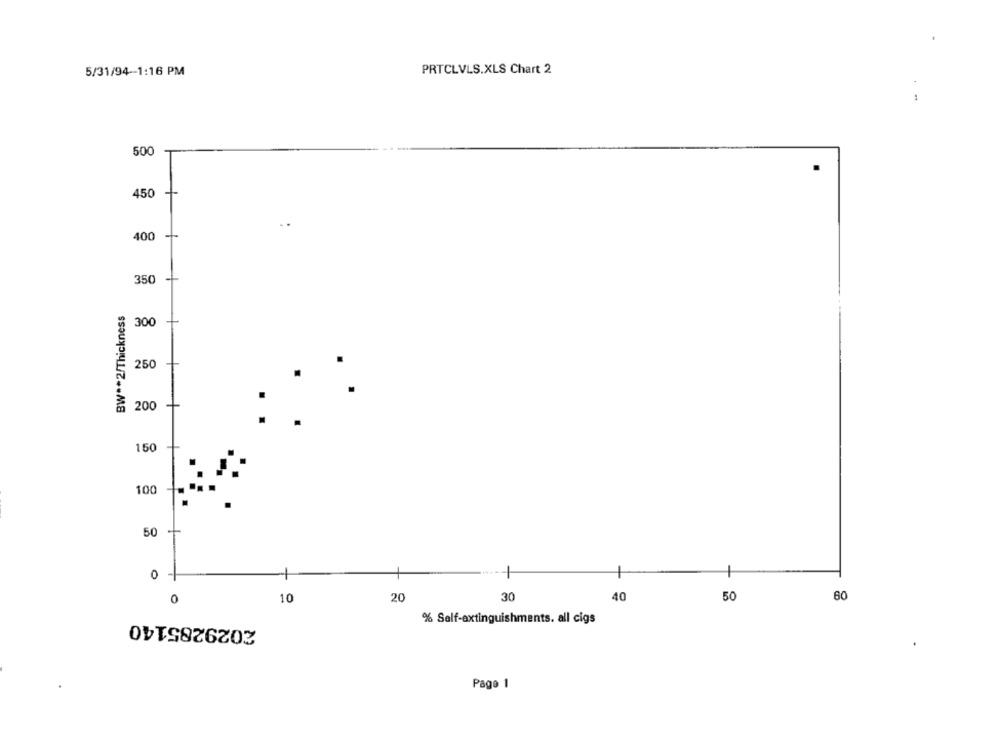
5/31/94-1:16 PM
PRTCLVLS.XLS Chart 2
500
450
400
350
BW ** 2/Thickness
300
250
200
150
100
50
0
10
20
30
40
50
60
2029285140
% Self-extinguishments. all cigs
Page 1